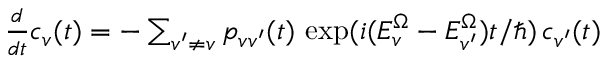
\begin{array} { r } { \frac { d } { d t } c _ { v } ( t ) = - \sum _ { v ^ { \prime } \ne v } p _ { v v ^ { \prime } } ( t ) \, \exp ( i ( E _ { v } ^ { \Omega } - E _ { v ^ { \prime } } ^ { \Omega } ) t / \hbar ) \, c _ { v ^ { \prime } } ( t ) } \end{array}